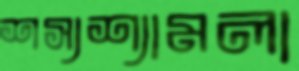
শস্যশ্যামলা